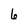
Character: 6